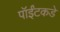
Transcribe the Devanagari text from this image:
पॉईंटकडे